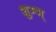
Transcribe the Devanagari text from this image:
शुम्भ्